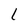
Character: l